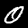
Digit: 0